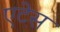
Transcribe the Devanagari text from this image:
एटेस